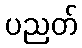
ပညတ်